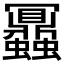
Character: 𧖅